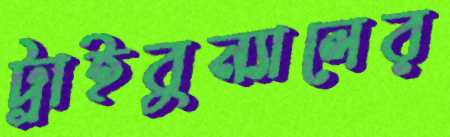
ট্রাইবুন্যালের